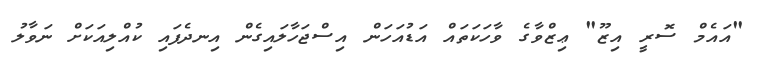
"އައެމް ސޮރީ އިޒޫ" ޢިޒްވާގެ ވާހަކަތައް އަޑުއަހަން އިސްޖަހާލައިގެން އިނދެފައި ކުއްލިއަކަށް ނަވާލު